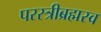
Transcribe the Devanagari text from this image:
परस्त्रीब्रह्मस्व